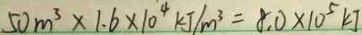
5 0 m ^ { 3 } \times 1 . 6 \times 1 0 ^ { 4 } k J / m ^ { 3 } = 8 . 0 \times 1 0 ^ { 5 } k J